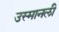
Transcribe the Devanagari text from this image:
उस्मानली